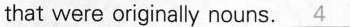
that were originally nouns. \underline{4}